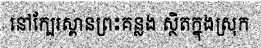
នៅក្បែរស្ពានព្រះគន្លង ស្ថិតក្នុងស្រុក